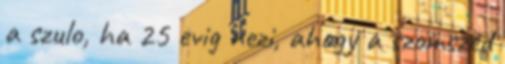
a szulo, ha 25 evig nezi, ahogy a szomszed